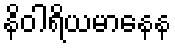
နိဝါရိယမာနေန